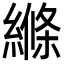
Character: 縧